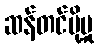
ဆန်တင်ပို့မှု